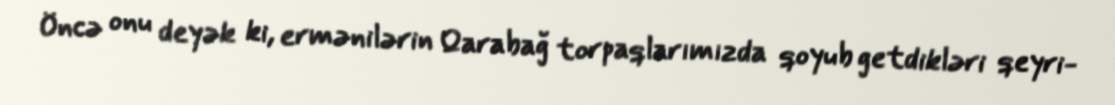
Öncə onu deyək ki, ermənilərin Qarabağ torpaqlarımızda qoyub getdikləri qeyri-